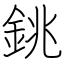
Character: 銚